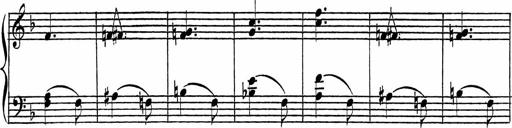
Title: Piano Sonatinas
Composer: Charles Fradel